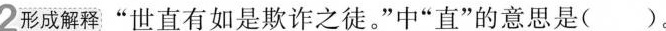
2形成解释 ”世直有如是欺诈之徒。”中”直”的意思是( )。